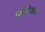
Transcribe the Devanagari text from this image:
प्लेटेशन